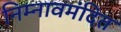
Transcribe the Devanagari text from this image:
निम्नावमंदित